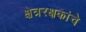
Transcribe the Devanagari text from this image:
क्षेत्ररक्षकांचे